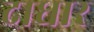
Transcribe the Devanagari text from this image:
दाधार